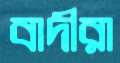
বাদীরা